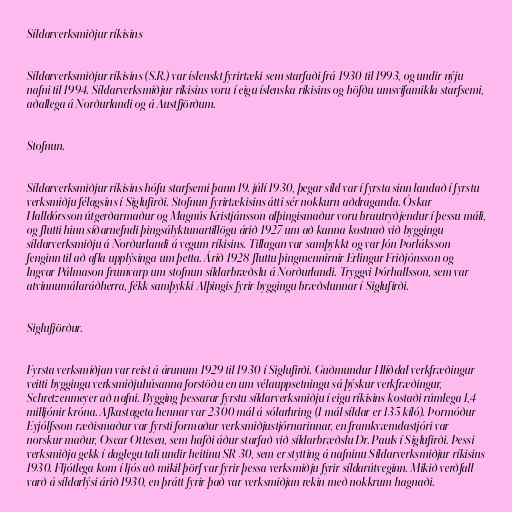
Síldarverksmiðjur ríkisins

Síldarverksmiðjur ríkisins (S.R.) var íslenskt fyrirtæki sem starfaði frá 1930 til 1993, og undir nýju
nafni til 1994. Síldarverksmiðjur ríkisins voru í eigu íslenska ríkisins og höfðu umsvifamikla starfsemi,
aðallega á Norðurlandi og á Austfjörðum.

Stofnun.

Síldarverksmiðjur ríkisins hófu starfsemi þann 19. júlí 1930, þegar síld var í fyrsta sinn landað í fyrstu
verksmiðju félagsins í Siglufirði. Stofnun fyrirtækisins átti sér nokkurn aðdraganda. Óskar
Halldórsson útgerðarmaður og Magnús Kristjánsson alþingismaður voru brautryðjendur í þessu máli,
og flutti hinn síðarnefndi þingsályktunartillögu árið 1927 um að kanna kostnað við byggingu
síldarverksmiðju á Norðurlandi á vegum ríkisins. Tillagan var samþykkt og var Jón Þorláksson
fenginn til að afla upplýsinga um þetta. Árið 1928 fluttu þingmennirnir Erlingur Friðjónsson og
Ingvar Pálmason frumvarp um stofnun síldarbræðslu á Norðurlandi. Tryggvi Þórhallsson, sem var
atvinnumálaráðherra, fékk samþykki Alþingis fyrir byggingu bræðslunnar í Siglufirði.

Siglufjörður.

Fyrsta verksmiðjan var reist á árunum 1929 til 1930 í Siglufirði. Guðmundur Hlíðdal verkfræðingur
veitti byggingu verksmiðjuhúsanna forstöðu en um vélauppsetningu sá þýskur verkfræðingur,
Schretzenmeyer að nafni. Bygging þessarar fyrstu síldarverksmiðju í eigu ríkisins kostaði rúmlega 1,4
milljónir króna. Afkastageta hennar var 2300 mál á sólarhring (1 mál síldar er 135 kíló). Þormóður
Eyjólfsson ræðismaður var fyrsti formaður verksmiðjustjórnarinnar, en framkvæmdastjóri var
norskur maður, Oscar Ottesen, sem hafði áður starfað við síldarbræðslu Dr. Pauls í Siglufirði. Þessi
verksmiðja gekk í daglegu tali undir heitinu SR 30, sem er stytting á nafninu Síldarverksmiðjur ríkisins
1930. Fljótlega kom í ljós að mikil þörf var fyrir þessa verksmiðju fyrir síldarútveginn. Mikið verðfall
varð á síldarlýsi árið 1930, en þrátt fyrir það var verksmiðjan rekin með nokkrum hagnaði.